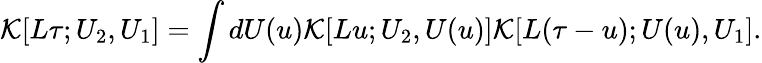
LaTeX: {\cal K}[L\tau;U_{2},U_{1}]=\int dU(u){\cal K}[Lu;U_{2},U(u)]{\cal K}[L(\tau-u);U(u),U_{1}].